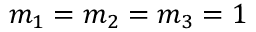
m _ { 1 } = m _ { 2 } = m _ { 3 } = 1